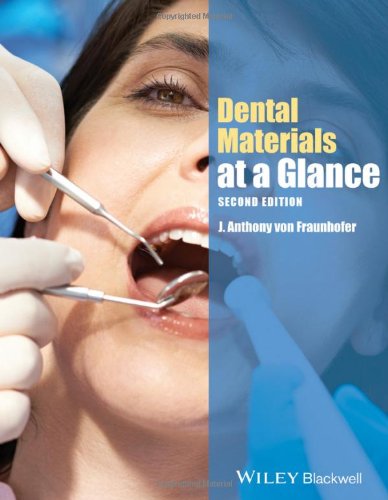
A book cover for Dental Materials at a Glance; J. Anthony von Fraunhofer; Medical Books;